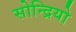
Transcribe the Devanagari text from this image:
सोन्द्रियो